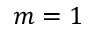
m = 1